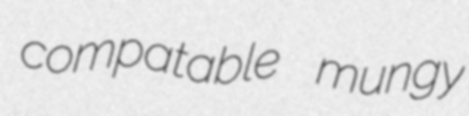
compatable mungy